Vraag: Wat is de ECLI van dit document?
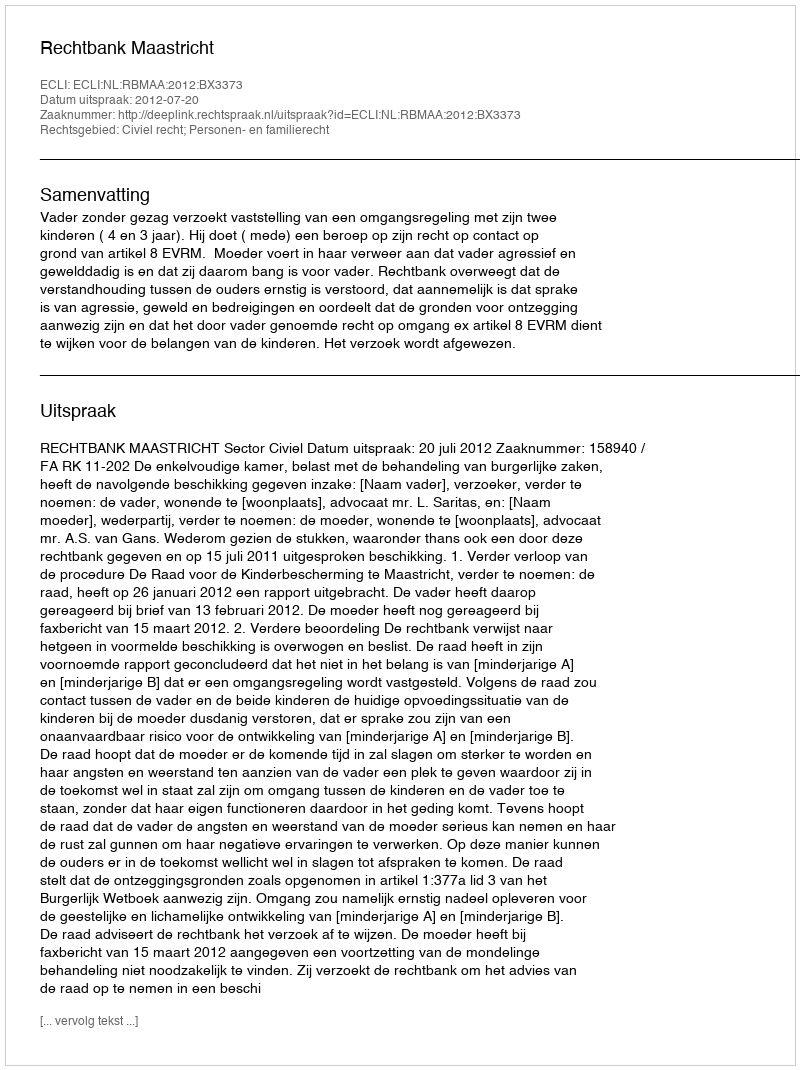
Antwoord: ECLI:NL:RBMAA:2012:BX3373